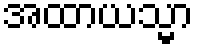
အထာယသ္မာ